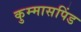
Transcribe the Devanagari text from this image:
कुम्मासपिंड